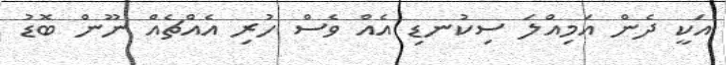
އަކީ ދެން އަމިއްލަ ސިކުނޑި އެއް ވެސް ހުރި އެއްޗެއް ނޫން ބޮޑު